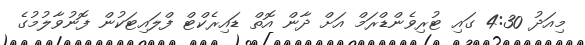
މިއަދު 4:30 ގައި ޓުރިވެންޑްރަމް އަށް ދާން އޮތް ޑައިރެކްޓް ފްލައިޓަކުން ފޮނުވާލުމުގެ